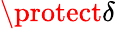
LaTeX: \protect\delta